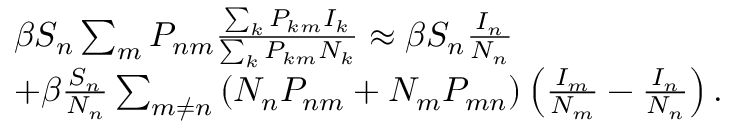
\begin{array} { r l } & { \beta S _ { n } \sum _ { m } P _ { n m } \frac { \sum _ { k } P _ { k m } I _ { k } } { \sum _ { k } P _ { k m } N _ { k } } \approx \beta S _ { n } \frac { I _ { n } } { N _ { n } } } \\ & { + \beta \frac { S _ { n } } { N _ { n } } \sum _ { m \neq n } \left( N _ { n } P _ { n m } + N _ { m } P _ { m n } \right) \left( \frac { I _ { m } } { N _ { m } } - \frac { I _ { n } } { N _ { n } } \right) . } \end{array}